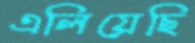
এলিয়েছি